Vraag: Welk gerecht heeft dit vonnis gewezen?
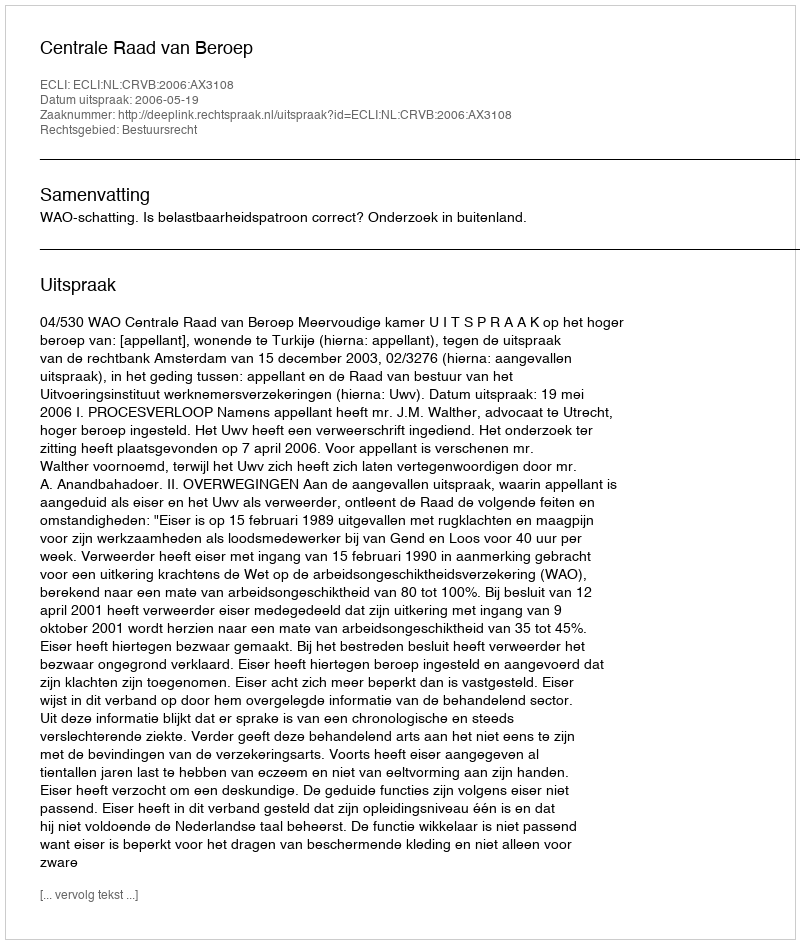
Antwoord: Centrale Raad van Beroep